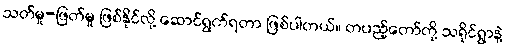
သတ်မှု-ဖြတ်မှု ဖြစ်နိုင်လို့ ဆောင်ရွက်ရတာ ဖြစ်ပါတယ်။ တပည့်တော်တို့ သရိုင်ရွာနဲ့